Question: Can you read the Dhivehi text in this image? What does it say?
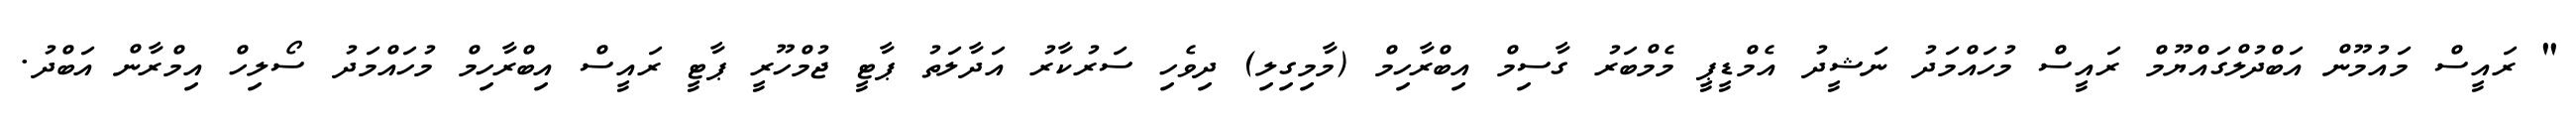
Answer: " ރައީސް މައުމޫން އަބްދުލްގައްޔޫމް ރައީސް މުހައްމަދު ނަޝީދު އެމްޑީޕީ މެމްބަރު ގާސިމް އިބްރާހިމް (މާމިގިލި) ދިވެހި ސަރުކާރު އަދާލަތު ޕާޓީ ޖުމްހޫރީ ޕާޓީ ރައީސް އިބްރާހިމް މުހައްމަދު ސޯލިހް އިމްރާން އަބްދު.